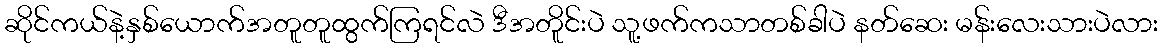
ဆိုင်ကယ်နဲ့နှစ်ယောက်အတူတူထွက်ကြရင်လဲ ဒီအတိူင်းပဲ သူ့ဖက်ကသာတစ်ခါပဲ နတ်ဆေး မန်းလေးသားပဲလား